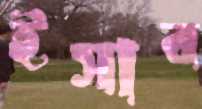
ইসাব